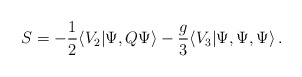
\begin{align*}S = -\frac{1}{2}\langle V_2 | \Psi, Q \Psi \rangle-\frac{g}{3} \langle V_3 | \Psi, \Psi, \Psi \rangle\,.\end{align*}